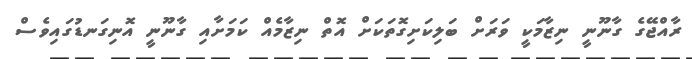
ރާއްޖޭގެ ގާނޫނީ ނިޒާމަކީ ވަރަށް ބަލިކަށިގޮތަކަށް އޮތް ނިޒާމެއް ކަމަށާއި ގާނޫނީ އޮނިގަނޑުގައިވެސް